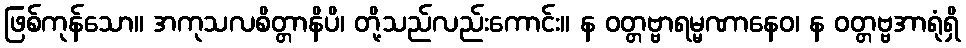
ဖြစ်ကုန်သော။ အကုသလစိတ္တာနိပိ၊ တို့သည်လည်းကောင်း။ န ဝတ္တဗ္ဗာရမ္မဏာနေဝ၊ န ဝတ္တဗ္ဗအာရုံရှိ